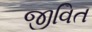
જીવિત